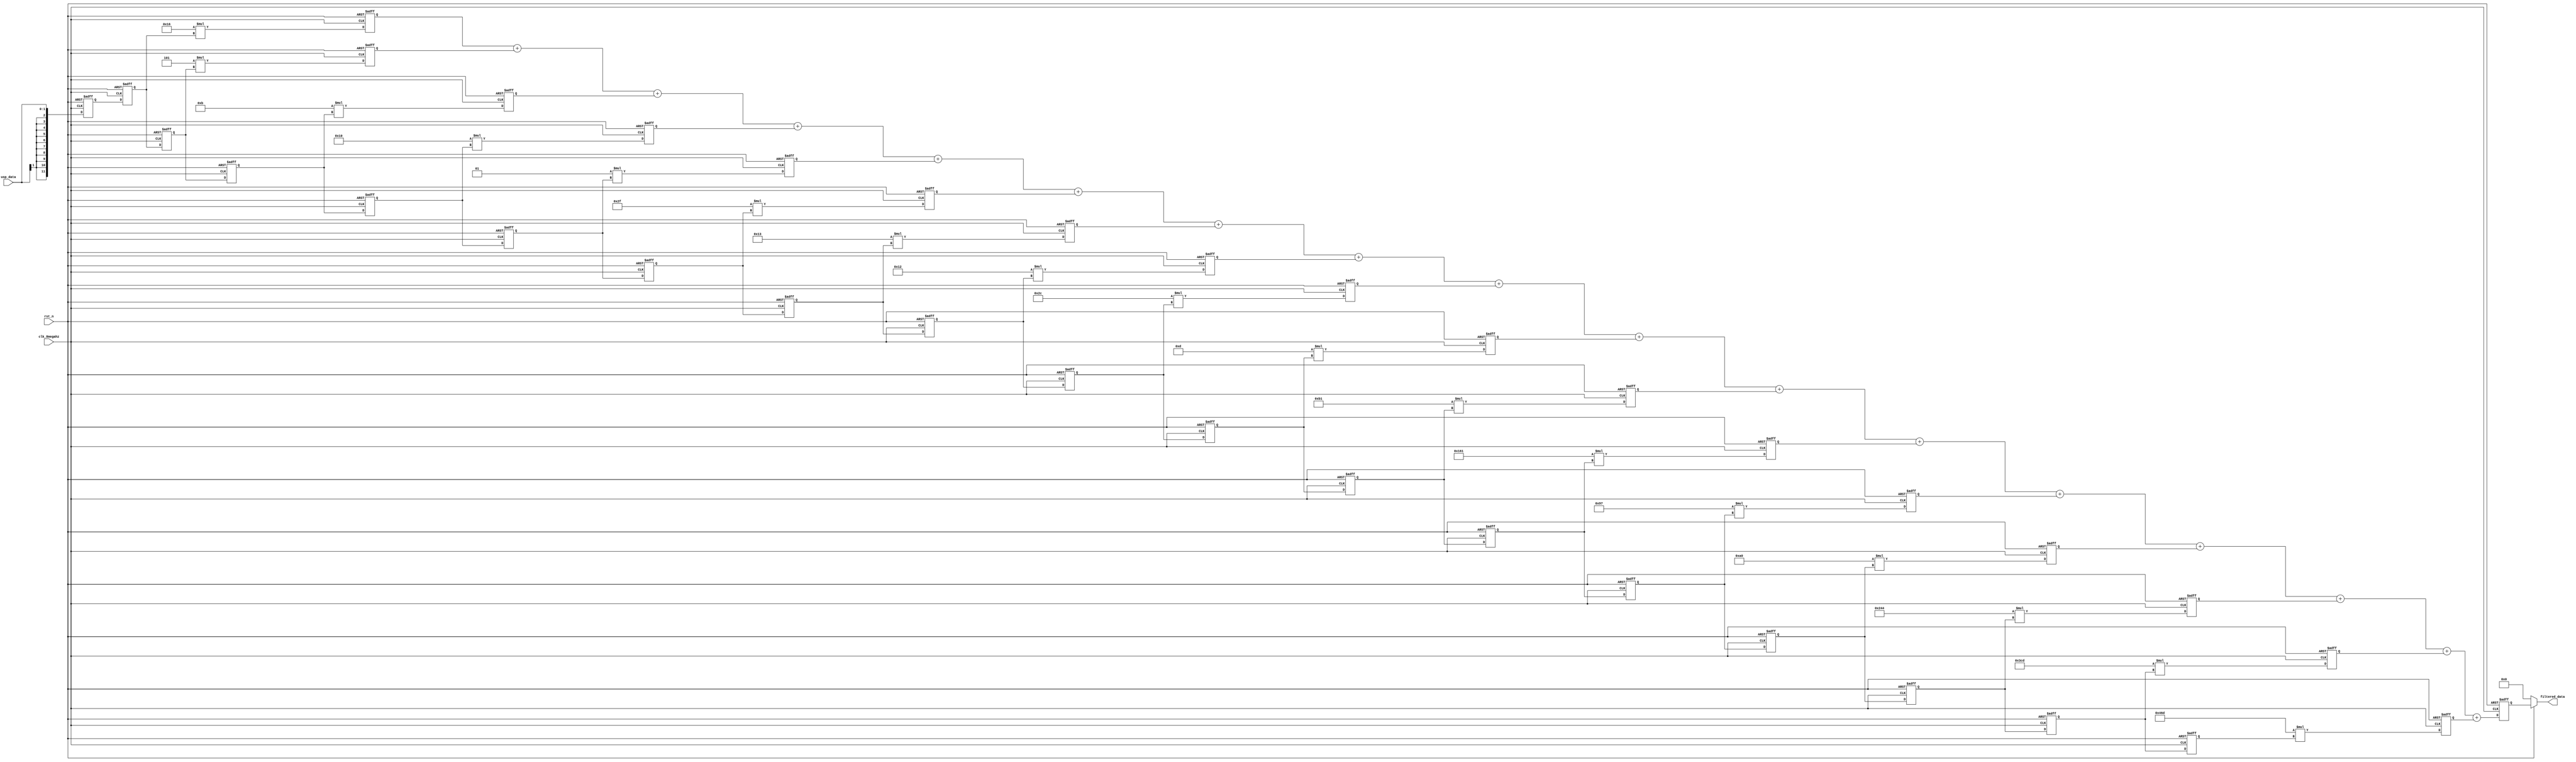
`timescale 1ns / 1ps

module pulseshapingfilter(
	input clk_8megahz,
	input rst_n,
	input wire signed [1:0] usp_data,
	output reg signed [13:0] filtered_data
    );
	
	parameter word_width = 12;
	parameter order = 32;

	reg signed [word_width-1:0] delay_pipeline[order:0];
	
	// Define coef
	wire signed [word_width-1:0]  coef[order:0];
	assign coef[0] = 12'b111111110110;
	assign coef[1] = 12'b111111111101;
	assign coef[2] = 12'b000000001011;
	assign coef[3] = 12'b000000010000;
	assign coef[4] = 12'b000000000001;
	assign coef[5] = 12'b111111101111;
	assign coef[6] = 12'b111111110011;
	assign coef[7] = 12'b000000010010;
	assign coef[8] = 12'b000000101100;
	assign coef[9] = 12'b000000001101;
	assign coef[10] = 12'b111110110001;
	assign coef[11] = 12'b111101100001;
	assign coef[12] = 12'b111110010111;
	assign coef[13] = 12'b000010100000;
	assign coef[14] = 12'b001001000100;
	assign coef[15] = 12'b001111001101;
	assign coef[16] = 12'b010001101101;
	assign coef[17] = 12'b001111001101;
	assign coef[18] = 12'b001001000100;
	assign coef[19] = 12'b000010100000;
	assign coef[20] = 12'b111110010111;
	assign coef[21] = 12'b111101100001;
	assign coef[22] = 12'b111110110001;
	assign coef[23] = 12'b000000001101;
	assign coef[24] = 12'b000000101100;
	assign coef[25] = 12'b000000010010;
	assign coef[26] = 12'b111111110011;
	assign coef[27] = 12'b111111101111;
	assign coef[28] = 12'b000000000001;
	assign coef[29] = 12'b000000010000;
	assign coef[30] = 12'b000000001011;
	assign coef[31] = 12'b111111111101;
	assign coef[32] = 12'b111111110110;

	// define multipler
	reg signed [31:0]  product[16:0];

	// define sum buffer
	reg signed [31:0]  sum_buf;	

	// define input data buffer
	reg signed [15:0] data_in_buf;

	// data buffer
	always @(posedge clk_8megahz or negedge rst_n) begin
		if (!rst_n) begin
			data_in_buf <= 0;
		end
		else begin
			data_in_buf <= usp_data;
		end
	end

	// delay units pipeline
	always @(posedge clk_8megahz or negedge rst_n) begin
		if (!rst_n) begin
			delay_pipeline[0] <= 0 ;
			delay_pipeline[1] <= 0 ;
			delay_pipeline[2] <= 0 ;
			delay_pipeline[3] <= 0 ;
			delay_pipeline[4] <= 0 ;
			delay_pipeline[5] <= 0 ;
			delay_pipeline[6] <= 0 ;
			delay_pipeline[7] <= 0 ;
			delay_pipeline[8] <= 0 ;
			delay_pipeline[9] <= 0 ;
			delay_pipeline[10] <= 0 ;
			delay_pipeline[11] <= 0 ;
			delay_pipeline[12] <= 0 ;
			delay_pipeline[13] <= 0 ;
			delay_pipeline[14] <= 0 ;
			delay_pipeline[15] <= 0 ;
			delay_pipeline[16] <= 0 ;
		end 
		else begin
			delay_pipeline[0] <= data_in_buf ;
			delay_pipeline[1] <= delay_pipeline[0] ;
			delay_pipeline[2] <= delay_pipeline[1] ;
			delay_pipeline[3] <= delay_pipeline[2] ;
			delay_pipeline[4] <= delay_pipeline[3] ;
			delay_pipeline[5] <= delay_pipeline[4] ;
			delay_pipeline[6] <= delay_pipeline[5] ;
			delay_pipeline[7] <= delay_pipeline[6] ;
			delay_pipeline[8] <= delay_pipeline[7] ;
			delay_pipeline[9] <= delay_pipeline[8] ;
			delay_pipeline[10] <= delay_pipeline[9] ;
			delay_pipeline[11] <= delay_pipeline[10] ;
			delay_pipeline[12] <= delay_pipeline[11] ;
			delay_pipeline[13] <= delay_pipeline[12] ;
			delay_pipeline[14] <= delay_pipeline[13] ;
			delay_pipeline[15] <= delay_pipeline[14] ;
			delay_pipeline[16] <= delay_pipeline[15] ;
		end
	end

	// implement product with coef 
	always @(posedge clk_8megahz or negedge rst_n) begin
		if (!rst_n) begin
			product[0] <= 0;
			product[1] <= 0;
			product[2] <= 0;
			product[3] <= 0;
			product[4] <= 0;
			product[5] <= 0;
			product[6] <= 0;
			product[7] <= 0;
			product[8] <= 0;
			product[9] <= 0;
			product[10] <= 0;
			product[11] <= 0;
			product[12] <= 0;
			product[13] <= 0;
			product[14] <= 0;
			product[15] <= 0;
			product[16] <= 0;
		end
		else begin
			product[0] <= coef[0] * delay_pipeline[0];
			product[1] <= coef[1] * delay_pipeline[1];
			product[2] <= coef[2] * delay_pipeline[2];
			product[3] <= coef[3] * delay_pipeline[3];
			product[4] <= coef[4] * delay_pipeline[4];
			product[5] <= coef[5] * delay_pipeline[5];
			product[6] <= coef[6] * delay_pipeline[6];
			product[7] <= coef[7] * delay_pipeline[7];
			product[8] <= coef[8] * delay_pipeline[8];
			product[9] <= coef[9] * delay_pipeline[9];
			product[10] <= coef[10] * delay_pipeline[10];
			product[11] <= coef[11] * delay_pipeline[11];
			product[12] <= coef[12] * delay_pipeline[12];
			product[13] <= coef[13] * delay_pipeline[13];
			product[14] <= coef[14] * delay_pipeline[14];
			product[15] <= coef[15] * delay_pipeline[15];
			product[16] <= coef[16] * delay_pipeline[16];
		end
	end

	// accumulation
	always @(posedge clk_8megahz or negedge rst_n) begin
		if (!rst_n) begin
			sum_buf <= 0;
		end
		else begin
			sum_buf <= product[0] + product[1]+ product[2]+ product[3]+ product[4]
			+ product[5]+ product[6]+ product[7]+ product[8]+ product[9]+ product[10]
			+ product[11]+ product[12]+ product[13]+ product[14]+ product[15]+ product[16];
		end
	end

	always @(sum_buf) begin
		if (!rst_n) begin
			filtered_data = 0;
		end
		else begin
			filtered_data = sum_buf;
		end
	end

endmodule